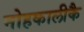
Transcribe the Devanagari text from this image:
नोहकालीकै